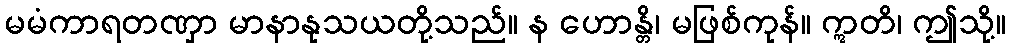
မမံကာရတဏှာ မာနာနုသယတို့သည်။ န ဟောန္တိ၊ မဖြစ်ကုန်။ ဣတိ၊ ဤသို့။